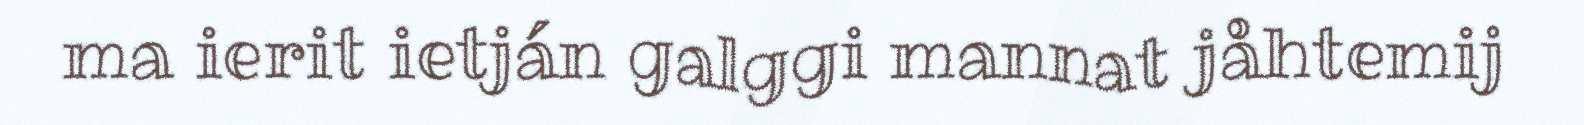
ma ierit ietján galggi mannat jåhtemij